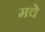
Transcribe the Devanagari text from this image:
मचे